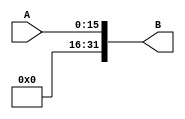
module Sigext16_32(
    input wire[15:0] A,
    output wire[31:0] B
);
assign B={{16{1'b0}},A[15:0]};

endmodule